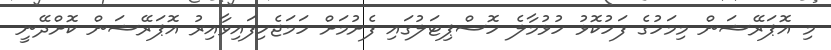
މި އޮޕަރޭޝަން މިމަހުގެ ފަހުކޮޅު ހުޅުމާލެ ހޮސްޕިޓަލުގައި ފެށުމަށް ހަމަޖެހިފައިވާއިރު އޮޕަރޭޝަން ކޮށްދޭނީ